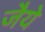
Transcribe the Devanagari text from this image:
जैये